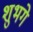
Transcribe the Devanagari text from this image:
शुभगे